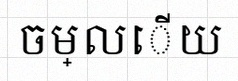
ចម្លើយ